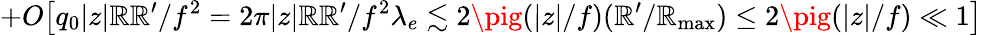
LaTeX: +O\big[q_{0}|z|\mathbb{R}\mathbb{R}^{\prime}/f^{2}=2\pi|z|\mathbb{R}\mathbb{R}^{\prime}/f^{2}\lambda_{e}\lesssim2\pig(|z|/f)(\mathbb{R}^{\prime}/{\mathbb{R}_{\mathrm{{max}}}})\le2\pig(|z|/f)\ll1\big]